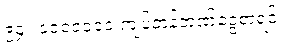
၉၄။ ၁၀၀၀၀၀၀ ကျပ်တန်ဘဏ်ငွေစာရင်း။